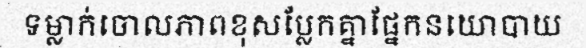
ទម្លាក់ចោលភាពខុសប្លែកគ្នាផ្នែកនយោបាយ